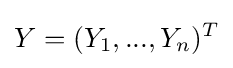
Y=(Y_{1},...,Y_{n})^{T}